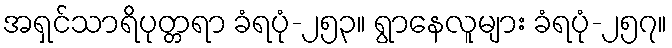
အရှင်သာရိပုတ္တရာ ခံရပုံ-၂၅၃။ ရွာနေလူများ ခံရပုံ-၂၅၇။